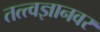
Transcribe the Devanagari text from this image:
तत्त्वज्ञानवर